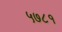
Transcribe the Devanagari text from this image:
५७८१